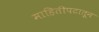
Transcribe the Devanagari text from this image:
माहितीपटातून